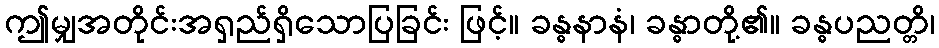
ဤမျှအတိုင်းအရှည်ရှိသောပြခြင်း ဖြင့်။ ခန္ဓနာနံ၊ ခန္ဓာတို့၏။ ခန္ဓပညတ္တိ၊